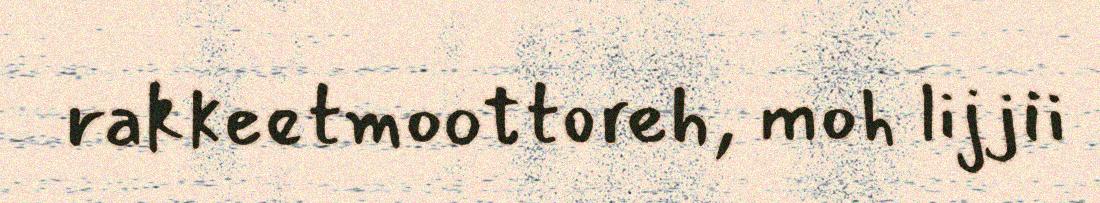
rakkeetmoottoreh, moh lijjii